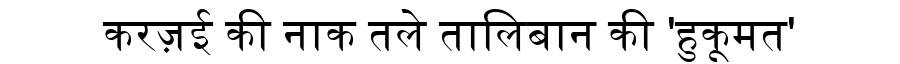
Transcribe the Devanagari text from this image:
करज़ई की नाक तले तालिबान की 'हुकूमत'